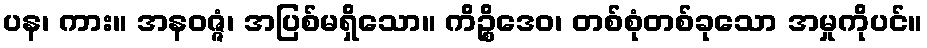
ပန၊ ကား။ အနဝဇ္ဇံ၊ အပြစ်မရှိသော။ ကိဉ္စိဒေဝ၊ တစ်စုံတစ်ခုသော အမှုကိုပင်။